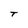
Character: T